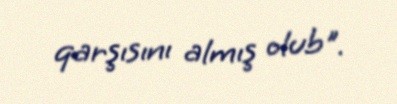
qarşısını almış olub".